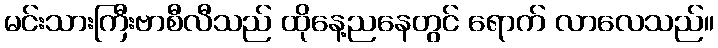
မင်းသားကြီးဗာစီလီသည် ထိုနေ့ညနေတွင် ရောက် လာလေသည်။